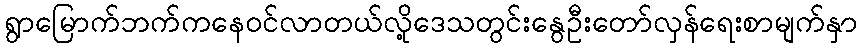
ရွာမြောက်ဘက်ကနေဝင်လာတယ်လို့ဒေသတွင်းနွေဦးတော်လှန်ရေးစာမျက်နှာ